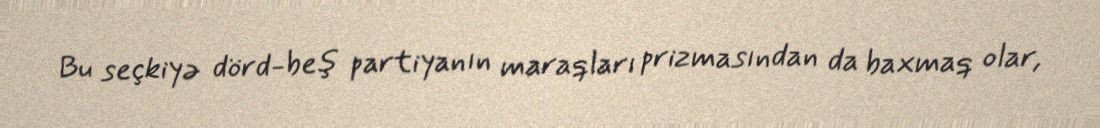
Bu seçkiyə dörd-beş partiyanın maraqları prizmasından da baxmaq olar,